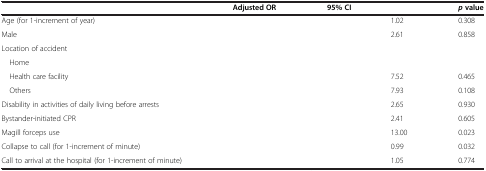
<table><thead><tr><td>[EMPTY_CELL]</td><td><b>Adjusted OR</b></td><td colspan="2"><b>95% CI</b></td><td><b><i>p</i>value</b></td></tr></thead><tbody><tr><td>Age (for 1-increment of year)</td><td>[EMPTY_CELL]</td><td>[EMPTY_CELL]</td><td>1.02</td><td>0.308</td></tr><tr><td>Male</td><td>[EMPTY_CELL]</td><td>[EMPTY_CELL]</td><td>2.61</td><td>0.858</td></tr><tr><td>Location of accident</td><td>[EMPTY_CELL]</td><td>[EMPTY_CELL]</td><td>[EMPTY_CELL]</td><td>[EMPTY_CELL]</td></tr><tr><td> Home</td><td>[EMPTY_CELL]</td><td>[EMPTY_CELL]</td><td>[EMPTY_CELL]</td><td>[EMPTY_CELL]</td></tr><tr><td> Health care facility</td><td>[EMPTY_CELL]</td><td>[EMPTY_CELL]</td><td>7.52</td><td>0.465</td></tr><tr><td> Others</td><td>[EMPTY_CELL]</td><td>[EMPTY_CELL]</td><td>7.93</td><td>0.108</td></tr><tr><td>Disability in activities of daily living before arrests</td><td>[EMPTY_CELL]</td><td>[EMPTY_CELL]</td><td>2.65</td><td>0.930</td></tr><tr><td>Bystander-initiated CPR</td><td>[EMPTY_CELL]</td><td>[EMPTY_CELL]</td><td>2.41</td><td>0.605</td></tr><tr><td>Magill forceps use</td><td>[EMPTY_CELL]</td><td>[EMPTY_CELL]</td><td>13.00</td><td>0.023</td></tr><tr><td>Collapse to call (for 1-increment of minute)</td><td>[EMPTY_CELL]</td><td>[EMPTY_CELL]</td><td>0.99</td><td>0.032</td></tr><tr><td>Call to arrival at the hospital (for 1-increment of minute)</td><td>[EMPTY_CELL]</td><td>[EMPTY_CELL]</td><td>1.05</td><td>0.774</td></tr></tbody></table>